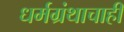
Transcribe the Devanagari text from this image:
धर्मग्रंथाचाही